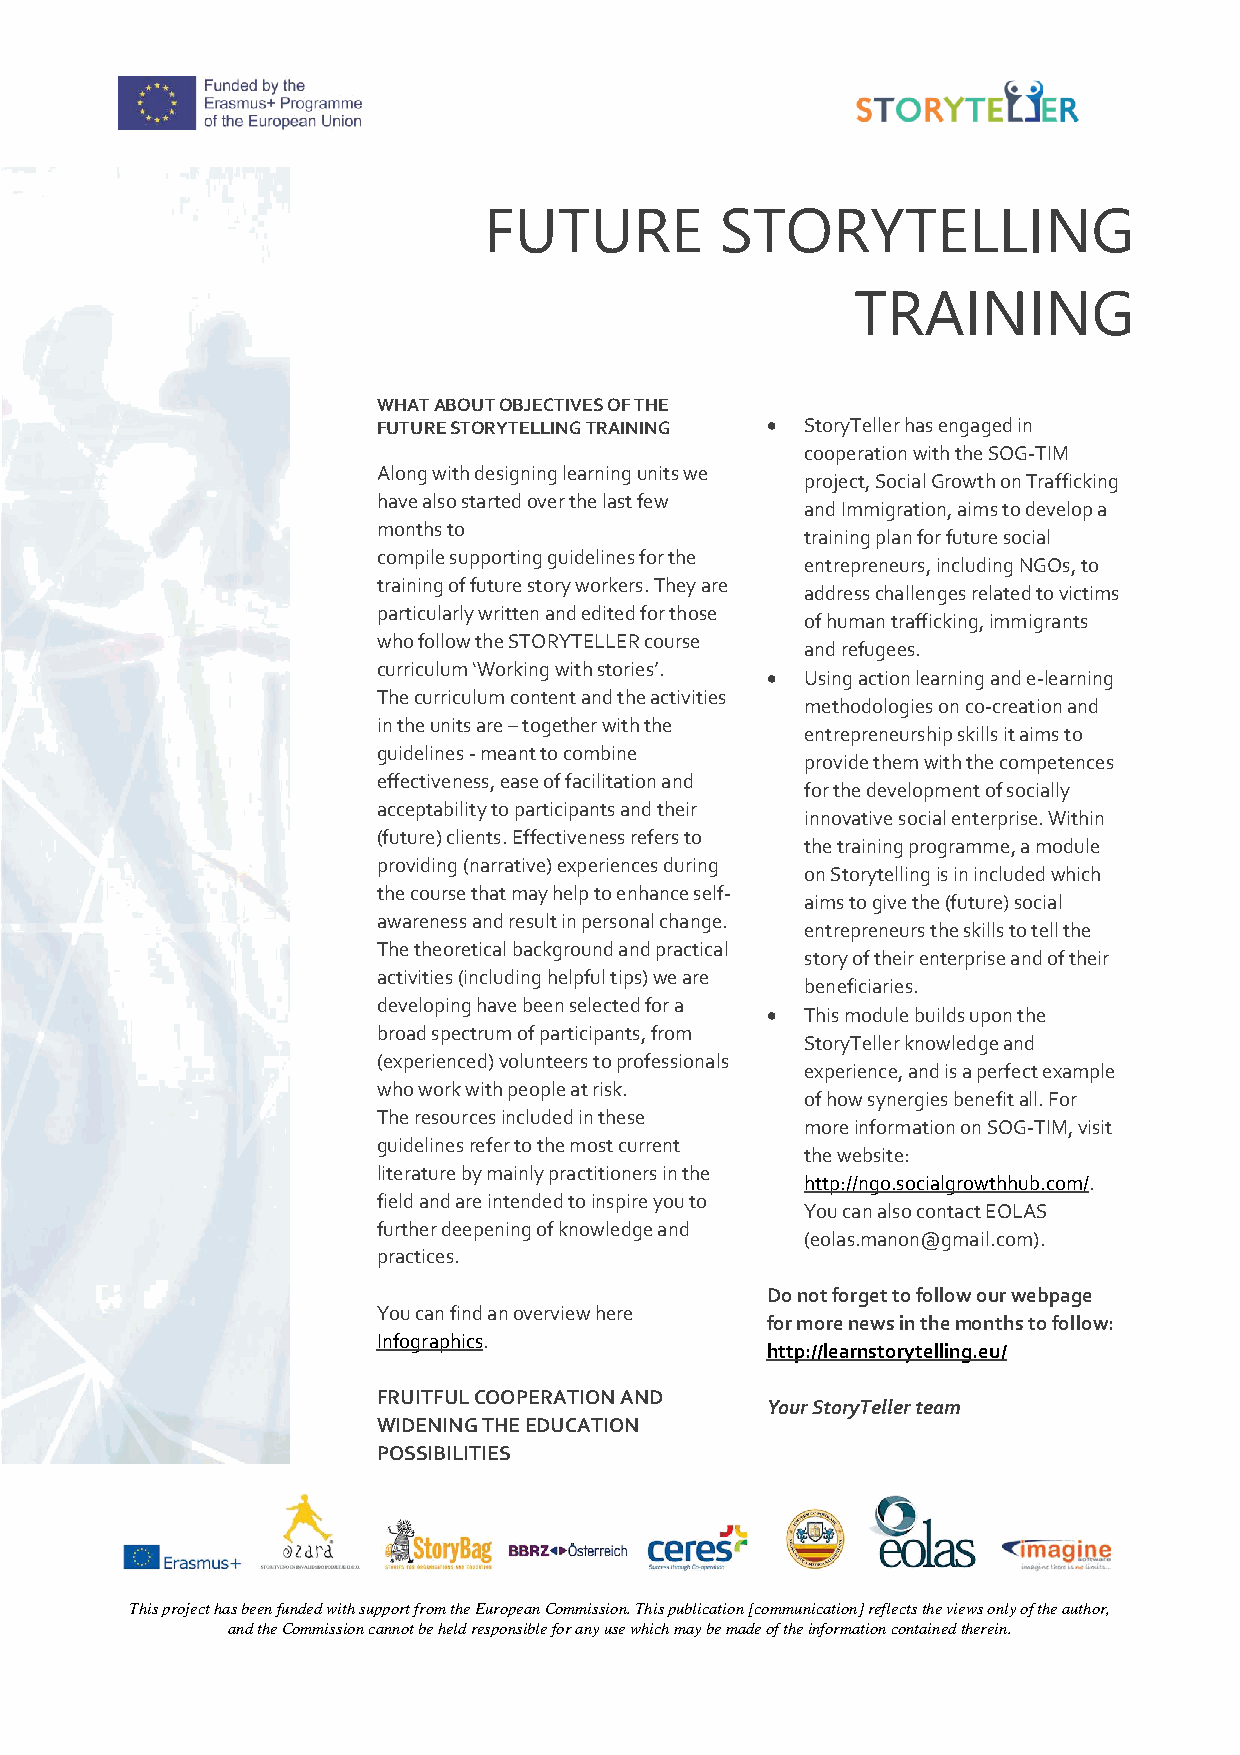
FUTURE          STORYTELLING
 TRAINING
 WHAT ABOUT OBJECTIVES OF THE
 FUTURE STORYTELLING TRAINING  StoryTeller has engaged in
 cooperation with the SOG-TIM
 Along with designing learning units we
 project, Social Growth on Trafficking
 have also started over the last few
 and Immigration, aims to develop a
 months to
 training plan for future social
 compile supporting guidelines for the
 entrepreneurs, including NGOs, to
 training of future story workers. They are
 address challenges related to victims
 particularly written and edited for those
 of human trafficking, immigrants
 who follow the STORYTELLER course
 and refugees.
 curriculum ‘Working with stories’.
  Using action learning and e-learning
 The curriculum content and the activities
 methodologies on co-creation and
 in the units are – together with the
 entrepreneurship skills it aims to
 guidelines - meant to combine
 provide them with the competences
 effectiveness, ease of facilitation and
 for the development of socially
 acceptability to participants and their
 innovative social enterprise. Within
 (future) clients. Effectiveness refers to
 the training programme, a module
 providing (narrative) experiences during
 on Storytelling is in included which
 the course that may help to enhance self-
 aims to give the (future) social
 awareness and result in personal change.
 entrepreneurs the skills to tell the
 The theoretical background and practical
 story of their enterprise and of their
 activities (including helpful tips) we are
 beneficiaries.
 developing have been selected for a
  This module builds upon the
 broad spectrum of participants, from
 StoryTeller knowledge and
 (experienced) volunteers to professionals
 experience, and is a perfect example
 who work with people at risk.
 of how synergies benefit all. For
 The resources included in these
 more information on SOG-TIM, visit
 guidelines refer to the most current
 the website:
 literature by mainly practitioners in the
 http://ngo.socialgrowthhub.com/.
 field and are intended to inspire you to
 You can also contact EOLAS
 further deepening of knowledge and
 (eolas.manon@gmail.com).
 practices.
 Do not forget to follow our webpage
 You can find an overview here
 for more news in the months to follow:
 Infographics.
 http://learnstorytelling.eu/
 FRUITFUL COOPERATION AND
 Your StoryTeller team
 WIDENING THE EDUCATION
 POSSIBILITIES
 This project has been funded with support from the European Commission. This publication [communication] reflects the views only of the author,
 and the Commission cannot be held responsible for any use which may be made of the information contained therein.